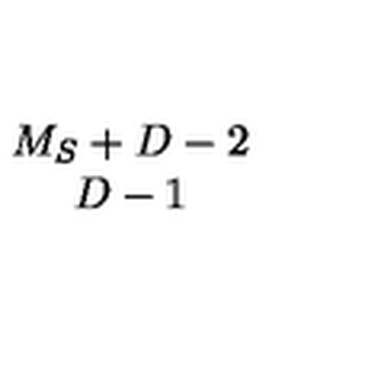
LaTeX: \begin{array} { c } { M _ { S } + D - 2 } \\ { D - 1 } \\ \end{array}